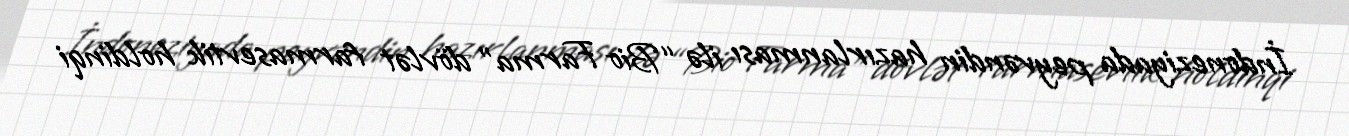
İndoneziyada peyvəndin hazırlanması ilə “Bio Farma” dövlət farmasevtik holdinqi